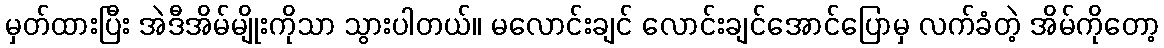
မှတ်ထားပြီး အဲဒီအိမ်မျိုးကိုသာ သွားပါတယ်။ မလောင်းချင် လောင်းချင်အောင်ပြောမှ လက်ခံတဲ့ အိမ်ကိုတော့